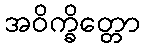
အဝိက္ခိတ္တော